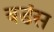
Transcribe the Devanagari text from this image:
वडंस